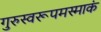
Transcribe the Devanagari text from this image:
गुरुस्वरूपमस्माकं